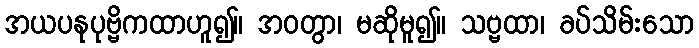
အယပနုပုဗ္ဗိကထာဟူ၍။ အဝတွာ၊ မဆိုမူ၍။ သဗ္ဗထာ၊ ခပ်သိမ်းသော